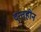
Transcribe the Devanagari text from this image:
दन्तहीन